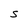
Character: S